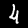
Label: 4